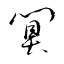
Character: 闃